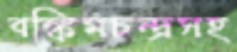
বঙ্কিমচন্দ্রসহ